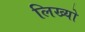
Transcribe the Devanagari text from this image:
लिख्‍यो